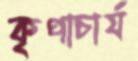
কৃপাচার্য